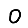
Digit: 0